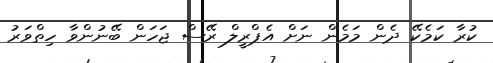
ކުރާ ކަމެކޭ ދެން މަމެން ނަށް އެޕްރީލް ރޭސް ޖަހަން ބޭނުންވާ ހިތްވަރު